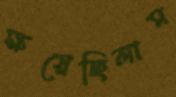
ক্ষয়েছিলাম